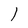
Character: I